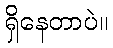
ရှိနေတာပဲ။